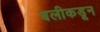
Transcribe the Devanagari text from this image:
बलीकडून